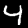
Label: 4